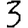
Digit: 3